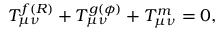
T _ { \mu \nu } ^ { f ( R ) } + T _ { \mu \nu } ^ { g ( \phi ) } + T _ { \mu \nu } ^ { m } = 0 ,